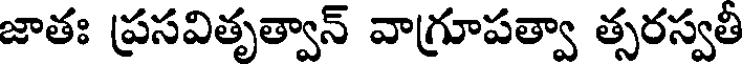
జాతః ప్రసవితృత్వాన్ వాగ్రూపత్వా త్సరస్వతీ